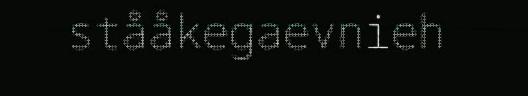
stååkegaevnieh